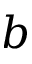
b